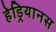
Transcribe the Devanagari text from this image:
हेड्रियानस